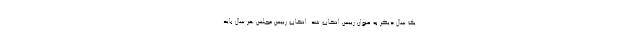
یک سال دیگر به عنوان رییس انتخاب شد. انتخاب رییس مجلس هر سال باید